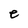
Character: e